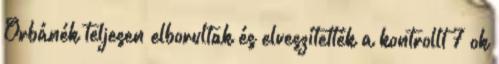
Orbánék teljesen elborultak és elveszítették a kontrollt 7 ok